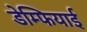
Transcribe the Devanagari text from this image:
डेम्फियाई